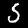
Label: 5